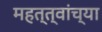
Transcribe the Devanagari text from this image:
महत्त्वांच्या